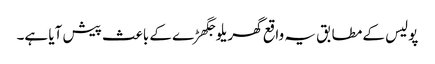
پولیس کے مطابق یہ واقع گھریلو جگھڑے کے باعث پیش آیا ہے۔